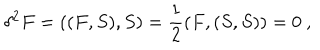
\delta ^ { 2 } F = ( ( F , S ) , S ) = \frac { 1 } { 2 } ( F , ( S , S ) ) = 0 \ ,